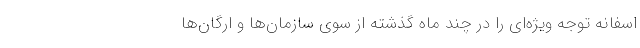
اسفانه توجه ویژه‌ای را در چند ماه گذشته از سوی سازمان‌ها و ارگان‌ها